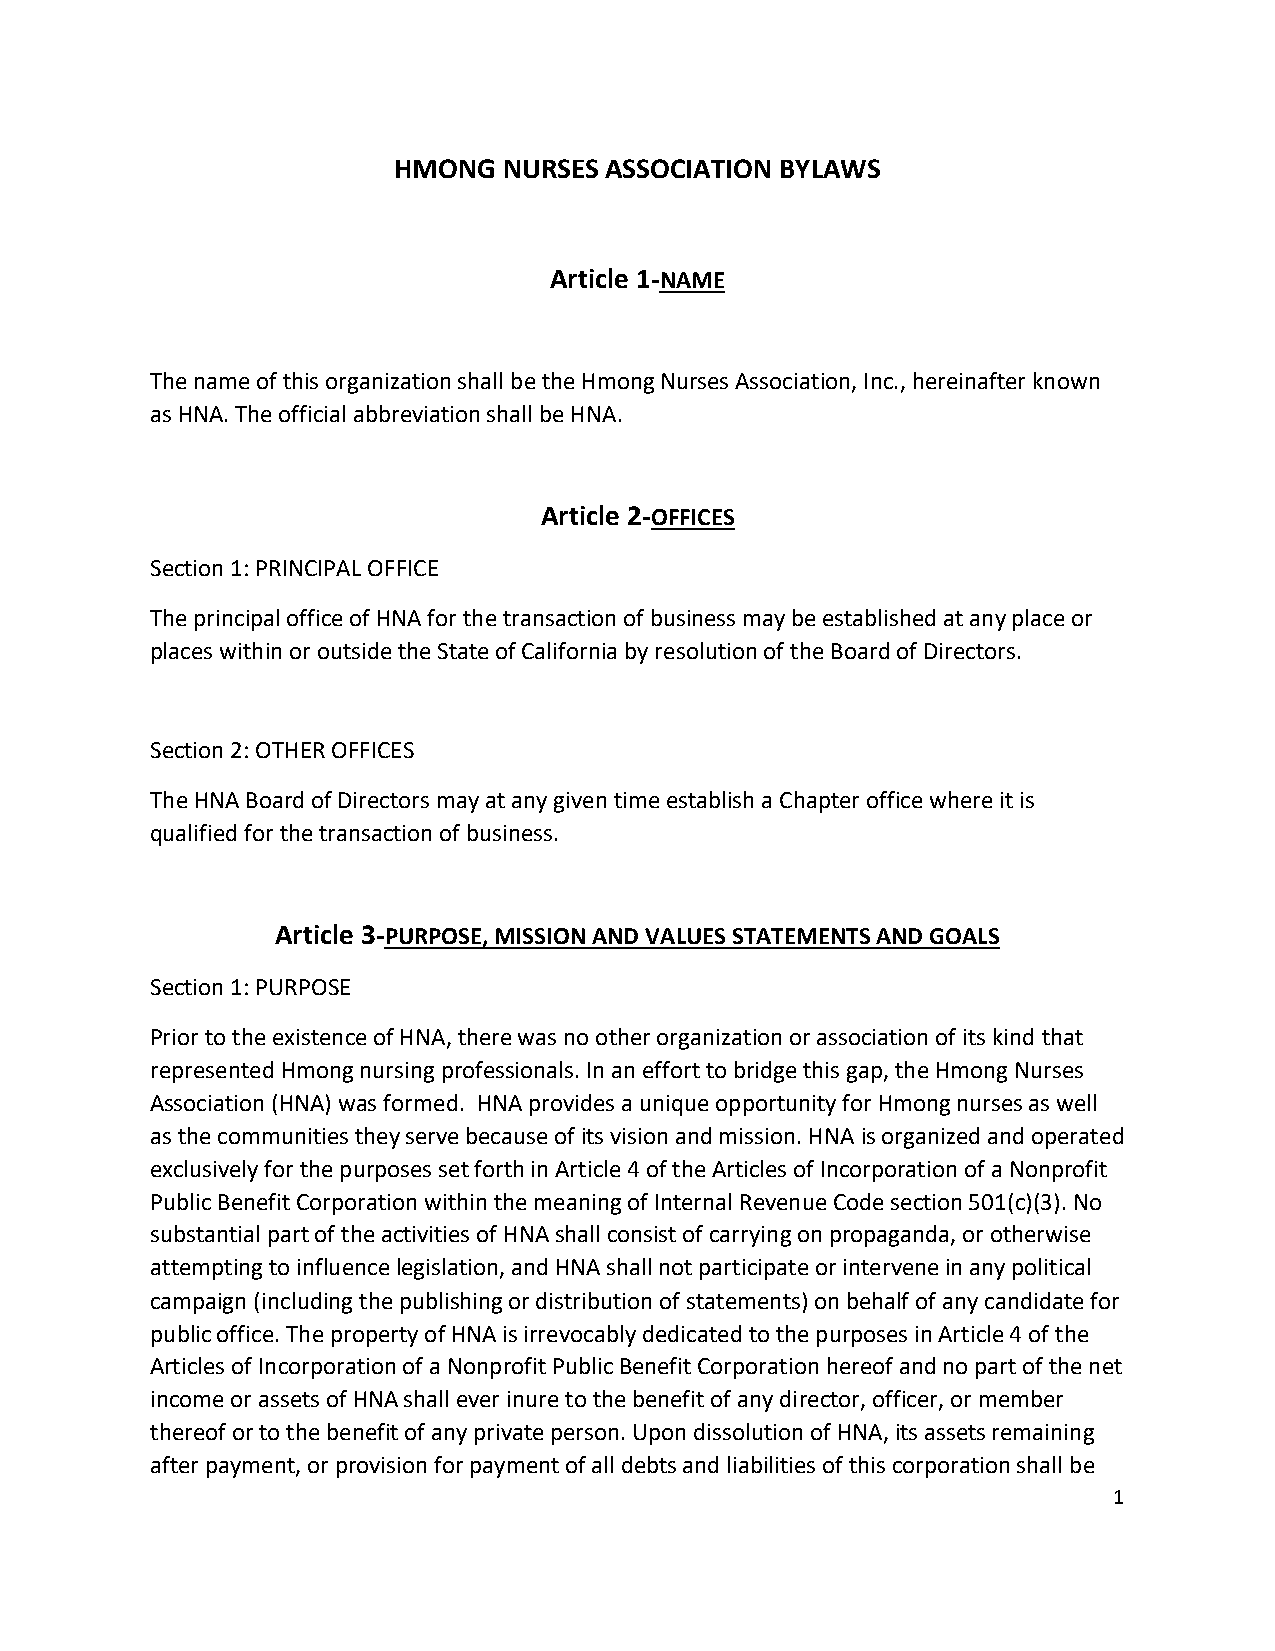
HMONG  NURSES ASSOCIATION BYLAWS
 Article 1-NAME
 The name of this organization shall be the Hmong Nurses Association, Inc., hereinafter known
 as HNA. The official abbreviation shall be HNA.
 Article 2-OFFICES
 Section 1: PRINCIPAL OFFICE
 The principal office of HNA for the transaction of business may be established at any place or
 places within or outside the State of California by resolution of the Board of Directors.
 Section 2: OTHER OFFICES
 The HNA Board of Directors may at any given time establish a Chapter office where it is
 qualified for the transaction of business.
 Article 3-PURPOSE, MISSION AND VALUES STATEMENTS AND GOALS
 Section 1: PURPOSE
 Prior to the existence of HNA, there was no other organization or association of its kind that
 represented Hmong nursing professionals. In an effort to bridge this gap, the Hmong Nurses
 Association (HNA) was formed. HNA provides a unique opportunity for Hmong nurses as well
 as the communities they serve because of its vision and mission. HNA is organized and operated
 exclusively for the purposes set forth in Article 4 of the Articles of Incorporation of a Nonprofit
 Public Benefit Corporation within the meaning of Internal Revenue Code section 501(c)(3). No
 substantial part of the activities of HNA shall consist of carrying on propaganda, or otherwise
 attempting to influence legislation, and HNA shall not participate or intervene in any political
 campaign (including the publishing or distribution of statements) on behalf of any candidate for
 public office. The property of HNA is irrevocably dedicated to the purposes in Article 4 of the
 Articles of Incorporation of a Nonprofit Public Benefit Corporation hereof and no part of the net
 income or assets of HNA shall ever inure to the benefit of any director, officer, or member
 thereof or to the benefit of any private person. Upon dissolution of HNA, its assets remaining
 after payment, or provision for payment of all debts and liabilities of this corporation shall be
 1